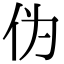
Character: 伪